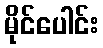
မိုင်ပေါင်း